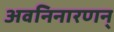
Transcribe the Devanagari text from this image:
अवनिनारणन्